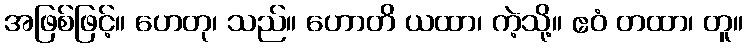
အဖြစ်ဖြင့်။ ဟေတု၊ သည်။ ဟောတိ ယထာ၊ ကဲ့သို့။ ဧဝံ တထာ၊ တူ။